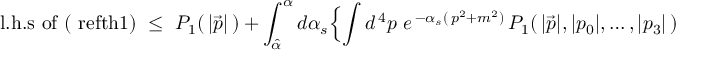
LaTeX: \mathrm { l . h . s \ o f \ ( \ r e f { t h 1 } ) } \ \leq \ P _ { 1 } ( \, \vert \vec { p } \vert \, ) + \int _ { \hat { \alpha } } ^ { \alpha } d \alpha _ { s } \Bigl \{ \int d ^ { \, 4 } p \ e ^ { \, - \alpha _ { s } ( \, p ^ { 2 } + m ^ { 2 } ) } \, P _ { 1 } ( \, \vert \vec { p } \vert , \vert p _ { 0 } \vert , \ldots , \vert p _ { 3 } \vert \, )